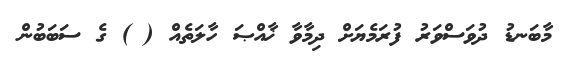
މާބަނޑު ދުވަސްވަރު ފުރަމެޔަށް ދިމާވާ ޚާއްޞަ ހާލަތެއް ( ) ގެ ސަބަބުން